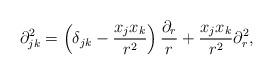
LaTeX: \begin{align*}\partial^2_{jk}= \left(\delta_{jk} - \frac{x_j x_k}{r^2} \right) \frac{\partial_r}{r} + \frac{x_j x_k}{r^2}\partial^2_r,\end{align*}